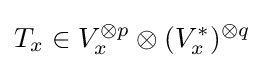
T_{x}\in V_{x}^{\otimes p}\otimes (V_{x}^{*})^{\otimes q}